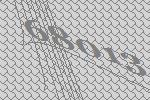
68013